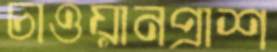
চাওয়ানপ্রাশ